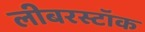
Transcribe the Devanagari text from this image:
लीबरस्टॉक